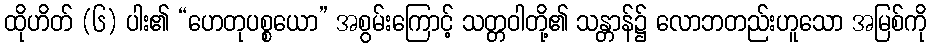
ထိုဟိတ် (၆) ပါး၏ “ဟေတုပစ္စယော” အစွမ်းကြောင့် သတ္တဝါတို့၏ သန္တာန်၌ လောဘတည်းဟူသော အမြစ်ကို